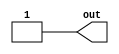
module WB_Stage(output out);
  assign out = 1;
endmodule